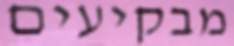
מבקיעים